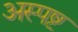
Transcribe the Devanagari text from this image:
अस्पष्ट